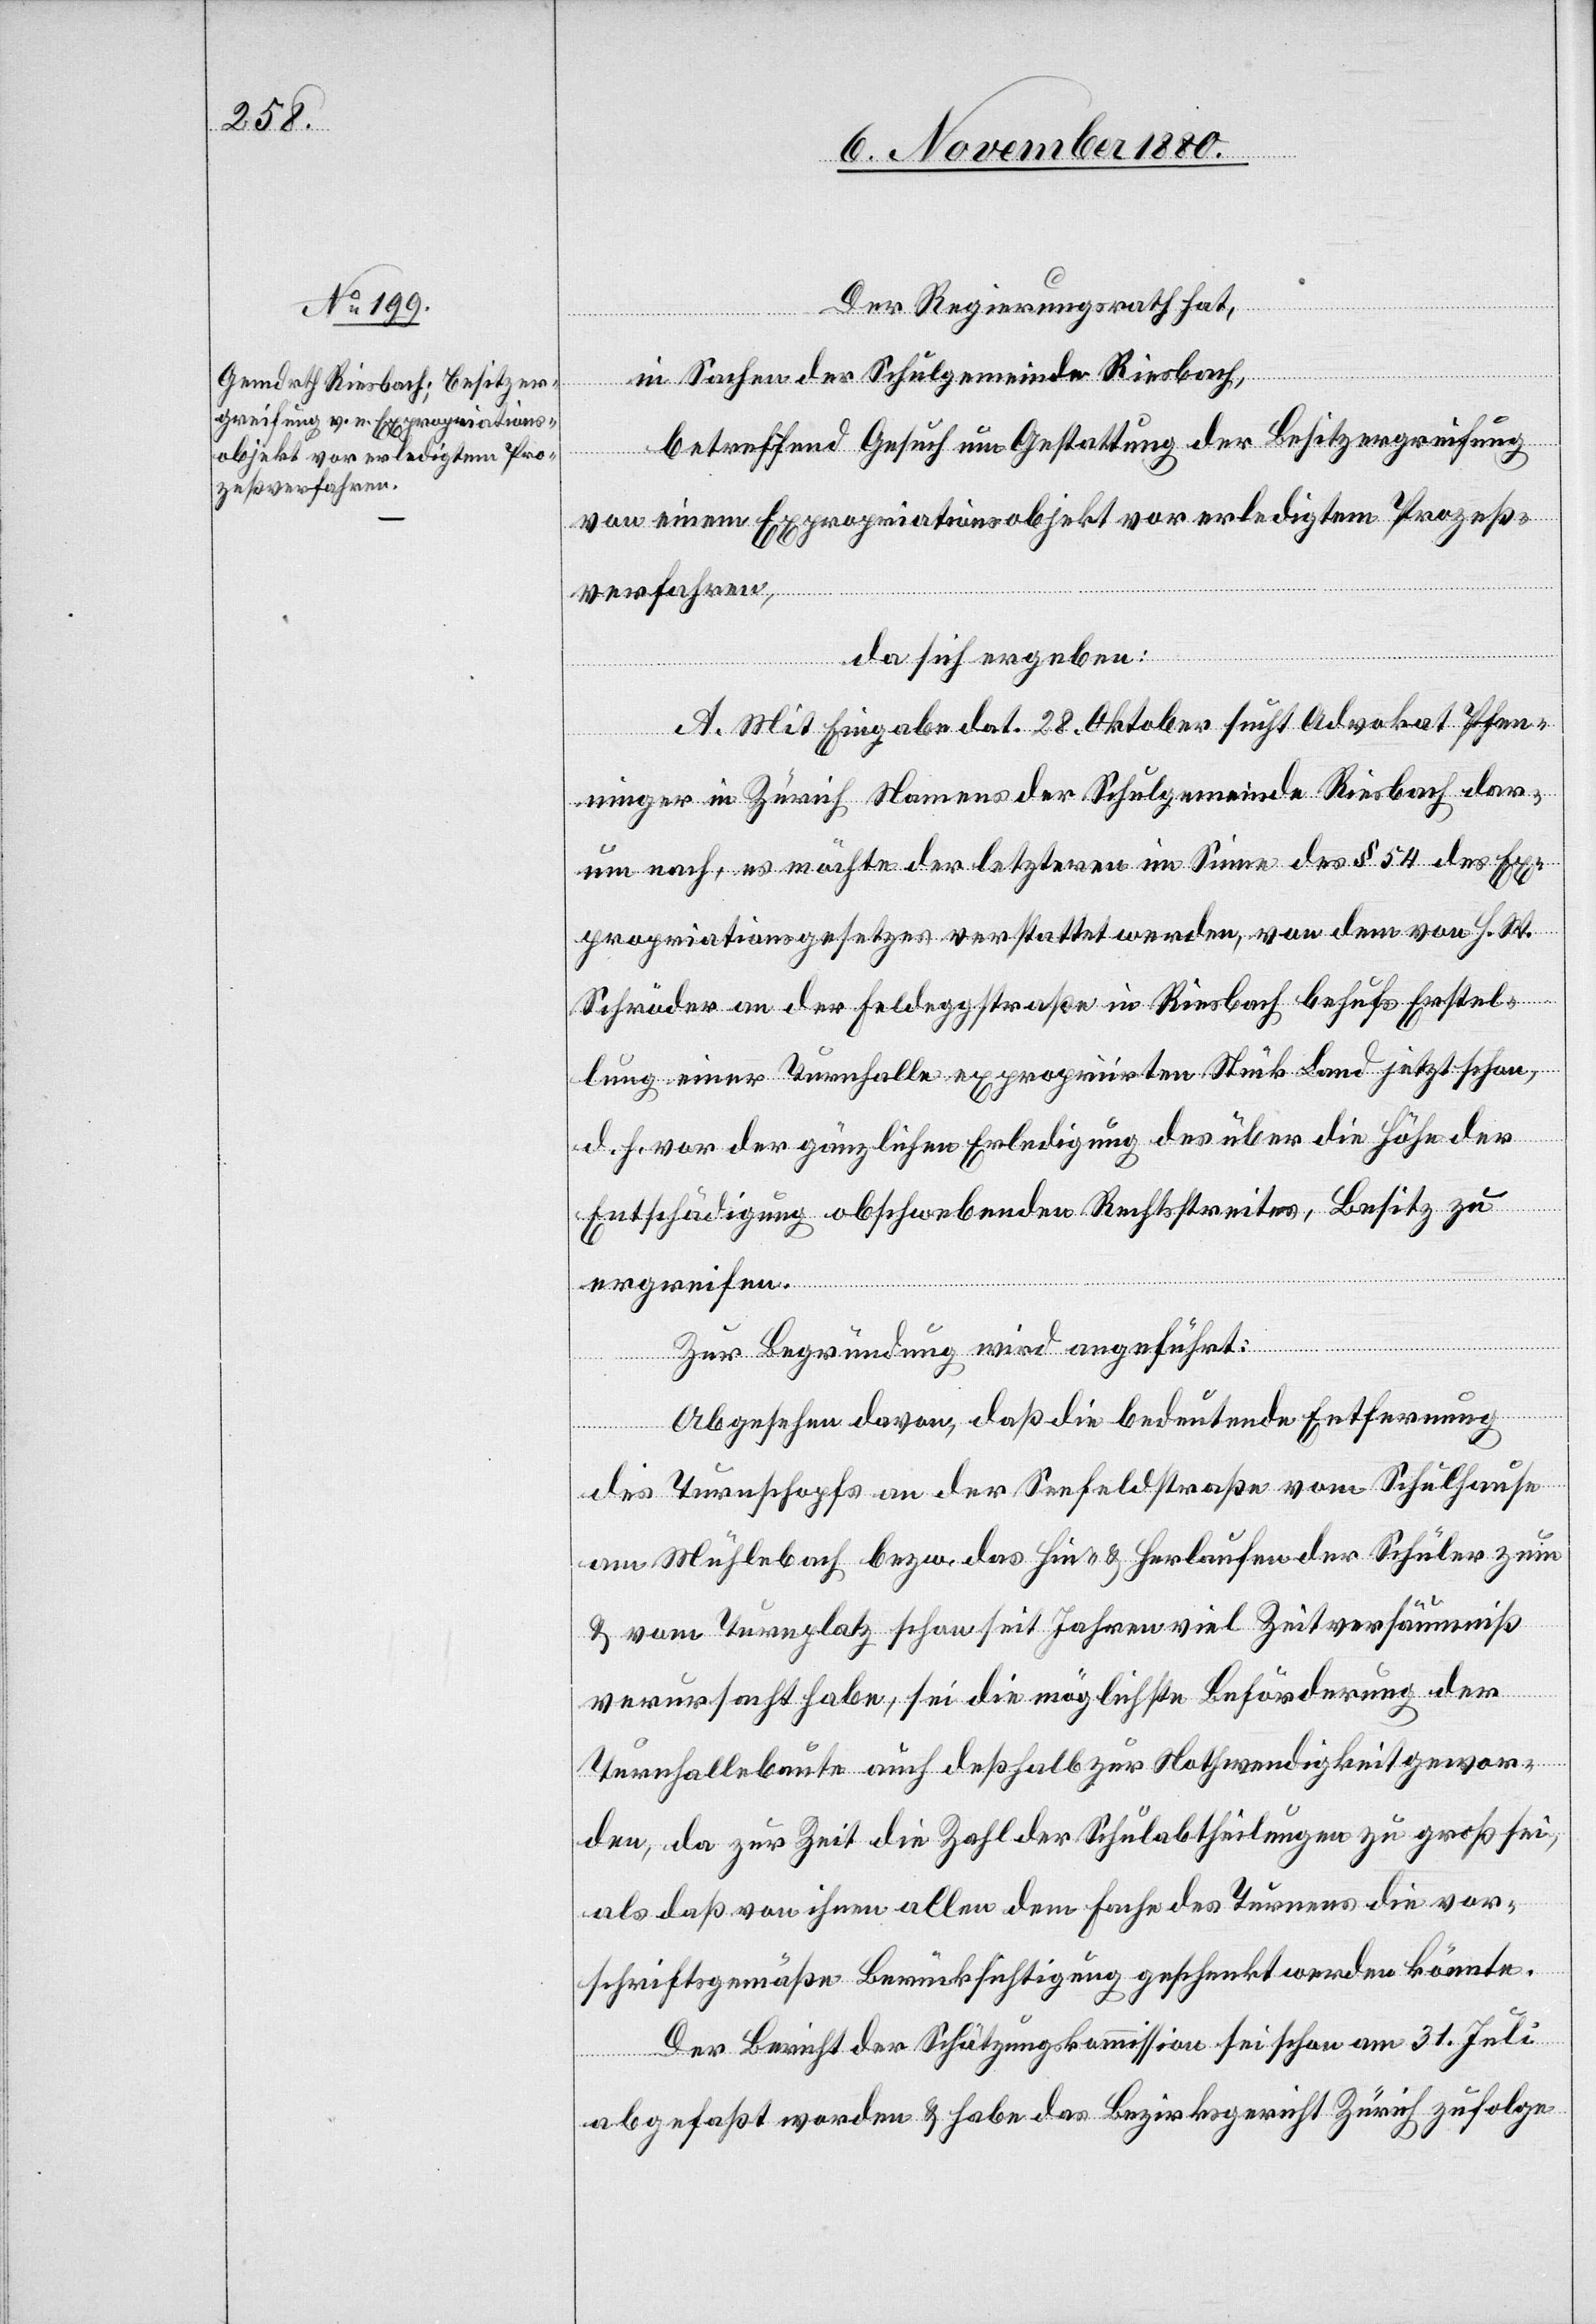
Der Regierungsrath hat,
in Sachen der Schulgemeinde Riesbach,
betreffend Gesuch um Gestattung der Besitzergreifung
von einem Expropriationsobjekt vor erledigtem Prozeß¬
verfahren,
da sich ergeben:
A. Mit Eingabe dat. 28. Oktober sucht Advokat Pfen¬
ninger in Zürich Namens der Schulgemeinde Riesbach dar¬
um nach, es möchte der letzteren Im Sinne des § 54 des Ex¬
propriationsgesetzes verstattet werden, von dem von H. W.
Schröder an der Feldeggstraße in Riesbach behufs Erstel¬
lung einer Turnhalle expropriirten Stück Land jetzt schon,
d. h. vor der gänzlichen Erledigung des über die Höhe der
Entschädigung obschwebenden Rechtsstreites, Besitz zu
ergreifen.
Zur Begründung wird angeführt:
Abgesehen davon, daß die bedeutende Entfernung
des Turnschopfs an der Seefeldstraße vom Schulhaus
am Mühlebach bezw. das Hin- & Herlaufen der Schüler zum
& vom Turnplatz schon seit Jahren viel Zeitversäumniß
verursacht habe, sei die möglichste Beförderung der
Turnhallebaute auch deßhalb zur Nothwendigkeit gewor¬
den, da zur Zeit die Zahl der Schulabtheilungen zu groß sei,
als daß von ihnen allen dem Fache des Turnens die vor¬
schriftsgemäße Berücksichtigung geschenkt werden könnte.
Der Bericht der Schätzungskommission sei schon am 31. Juli
abgefaßt worden & habe das Bezirksgericht Zürich zufolge